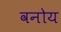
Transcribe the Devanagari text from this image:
वनोय